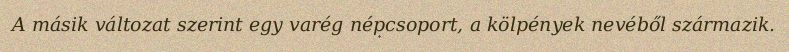
A másik változat szerint egy varég népcsoport, a kölpények nevéből származik.